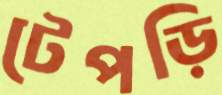
টেপড়ি